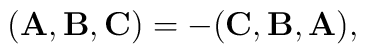
({\bf A}, {\bf B}, {\bf C})=-({\bf C}, {\bf B}, {\bf A}),